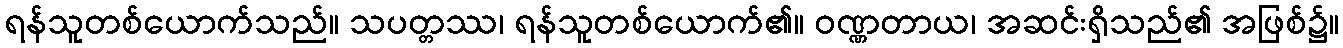
ရန်သူတစ်ယောက်သည်။ သပတ္တဿ၊ ရန်သူတစ်ယောက်၏။ ဝဏ္ဏတာယ၊ အဆင်းရှိသည်၏ အဖြစ်၌။